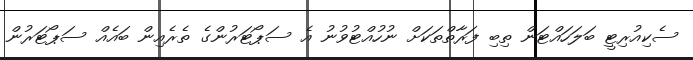
ސެކިއުރިޓީ ބަލަހައްޓަން ތިބި ފަރާތްތަކަށް ނުހުއްޓުވުނު އެ ސަޕޯޓަރުންގެ ތެރެއިން ބައެއް ސަޕޯޓަރުން